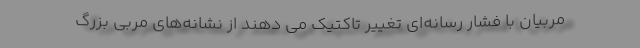
مربیان با فشار رسانه‌ای تغییر تاکتیک می دهند از نشانه‌های مربی بزرگ